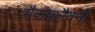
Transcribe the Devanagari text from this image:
मैकफ्लैक्नो